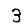
Digit: 3